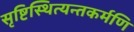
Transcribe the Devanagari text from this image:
सृष्टिस्थित्यन्तकर्मणि